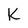
Character: K